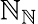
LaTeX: \mathbb{N}_{\mathbb{N}}